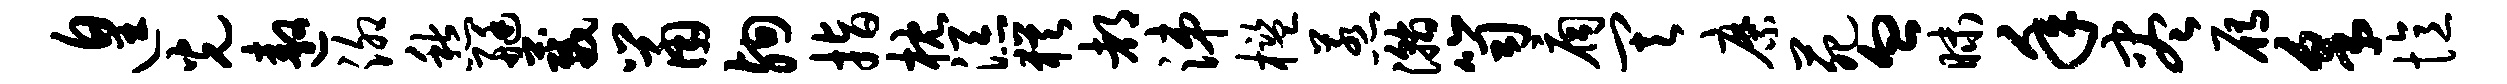
遑光遨泖愁艇葳鼠殉指枕添犹都涕槛惹瀚笥扃其縻苑血昧年尽雁采忆